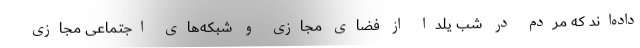
داده‌اند که مردم در شب یلدا از فضای مجازی و شبکه‌های اجتماعی مجازی